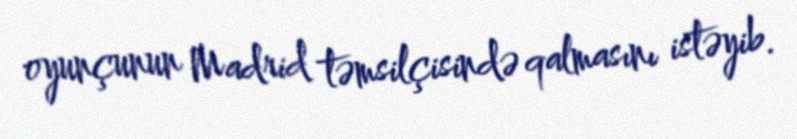
oyunçunun Madrid təmsilçisində qalmasını istəyib.